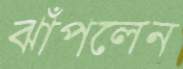
ঝাঁপলেন